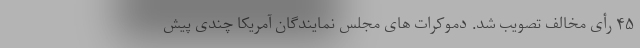
۴۵ رأی مخالف تصویب شد. دموکرات های مجلس نمایندگان آمریکا چندی پیش